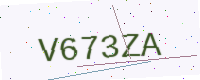
Text: V673ZA